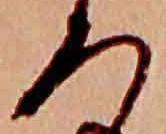
ろ